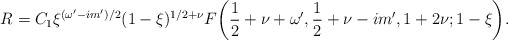
\begin{align*}R=C_1 \xi^{(\omega'-im')/2}(1-\xi)^{1/2+\nu}F\bigg(\frac12+\nu+\omega',\frac12+\nu-im',1+2\nu;1-\xi\bigg).\end{align*}